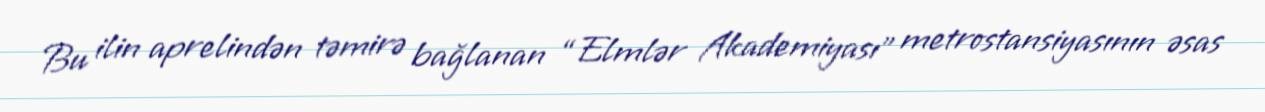
Bu ilin aprelindən təmirə bağlanan “Elmlər Akademiyası” metrostansiyasının əsas